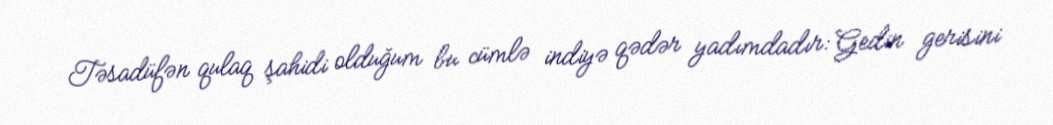
Təsadüfən qulaq şahidi olduğum bu cümlə indiyə qədər yadımdadır: Gedin gerisini